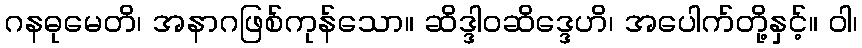
ဂနဓုမေတိ၊ အနာဂဖြစ်ကုန်သော။ ဆိဒ္ဒါဝဆိဒ္ဒေဟိ၊ အပေါက်တို့နှင့်။ ဝါ၊